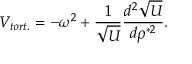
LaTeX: V _ { t o r t . } = - \omega ^ { 2 } + \frac { 1 } { \sqrt U } \frac { d ^ { 2 } \sqrt U } { d \rho ^ { * 2 } } .